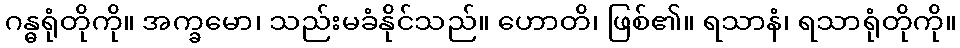
ဂန္ဓရုံတိုကို။ အက္ခမော၊ သည်းမခံနိုင်သည်။ ဟောတိ၊ ဖြစ်၏။ ရသာနံ၊ ရသာရုံတိုကို။